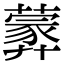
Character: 𦿢